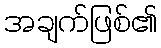
အချက်ဖြစ်၏